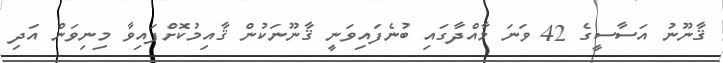
ޤާނޫނު އަސާސީގެ 42 ވަނަ މާއްދާގައި ބުނެފައިވަނީ ޤާނޫނަކުން ޤާއިމުކޮށްފައިވާ މިނިވަން އަދި